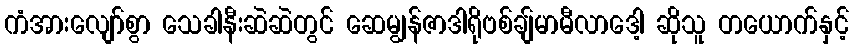
ကံအားလျော်စွာ သေခါနီးဆဲဆဲတွင် ဆေမျွန်ဇာဒါရိုဗစ်ချ်မာမီလာဒေါ့ ဆိုသူ တယောက်နှင့်